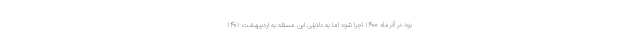
بود در آذرماه ۱۴۰۰ اجرا شود اما به دلایلی این مسئله به اردیبهشت ۱۴۰۱